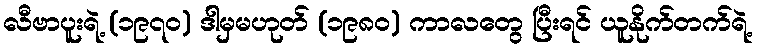
လီဗာပူးရဲ့ (၁၉၇၀) ဒါမှမဟုတ် (၁၉၈၀) ကာလတွေ ပြီးရင် ယူနိုက်တက်ရဲ့